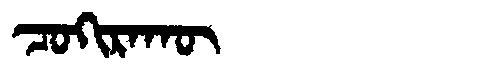
Manchu: ᠴᠣᡴᡳᡵᠠᡴᡡ
Romanization: COKIRAKŪ